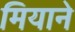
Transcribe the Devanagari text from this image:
मियाने